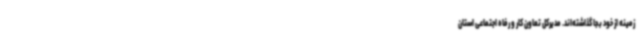
زمینه از خود بجا گذاشته‌اند. مدیرکل تعاون کار و رفاه اجتماعی استان